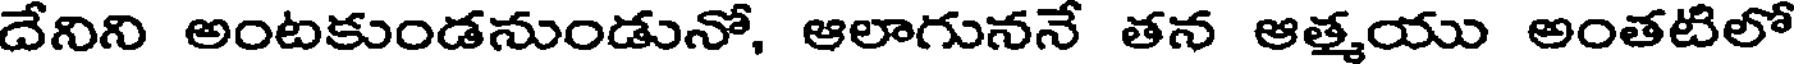
దేనిని అంటకుండనుండునో, ఆలాగుననే తన ఆత్మయు అంతటిలో